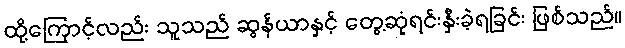
ထို့ကြောင့်လည်း သူသည် ဆွန်ယာနှင့် တွေ့ဆုံရင်းနှီးခဲ့ရခြင်း ဖြစ်သည်။